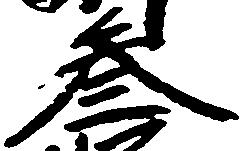
参